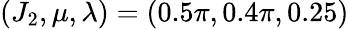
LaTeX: (J_{2},\mu,\lambda)=(0.5\pi,0.4\pi,0.25)